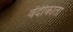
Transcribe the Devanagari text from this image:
वेंदीकाता